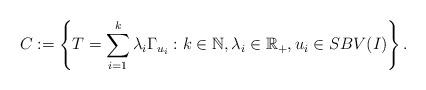
LaTeX: \begin{align*}C:= \left\{T= \sum_{i=1}^{k} \lambda_i \Gamma_{u_i} : k\in \mathbb{N}, \lambda_i \in \mathbb{R}_+, u_i \in SBV(I)\right\}.\end{align*}